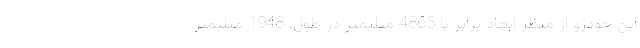
این خودرو از منظر ابعاد برابر با 4865 میلیمتر در طول، 1948 میلیمتر